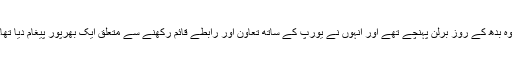
وہ بدھ کے روز برلن پہنچے تھے اور انہوں نے یورپ کے ساتھ تعاون اور رابطے قائم رکھنے سے متعلق ایک بھرپور پیغام دیا تھا۔